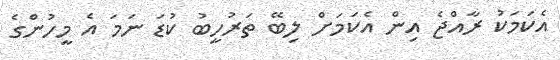
އެކަމަކު ރާއްޖެ އިން އެކަމަށް ލިބޭ ތަރުހީބު ކުޑަ ނަމަ އެ މީހުންގެ